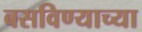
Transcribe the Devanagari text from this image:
बसविण्याच्या